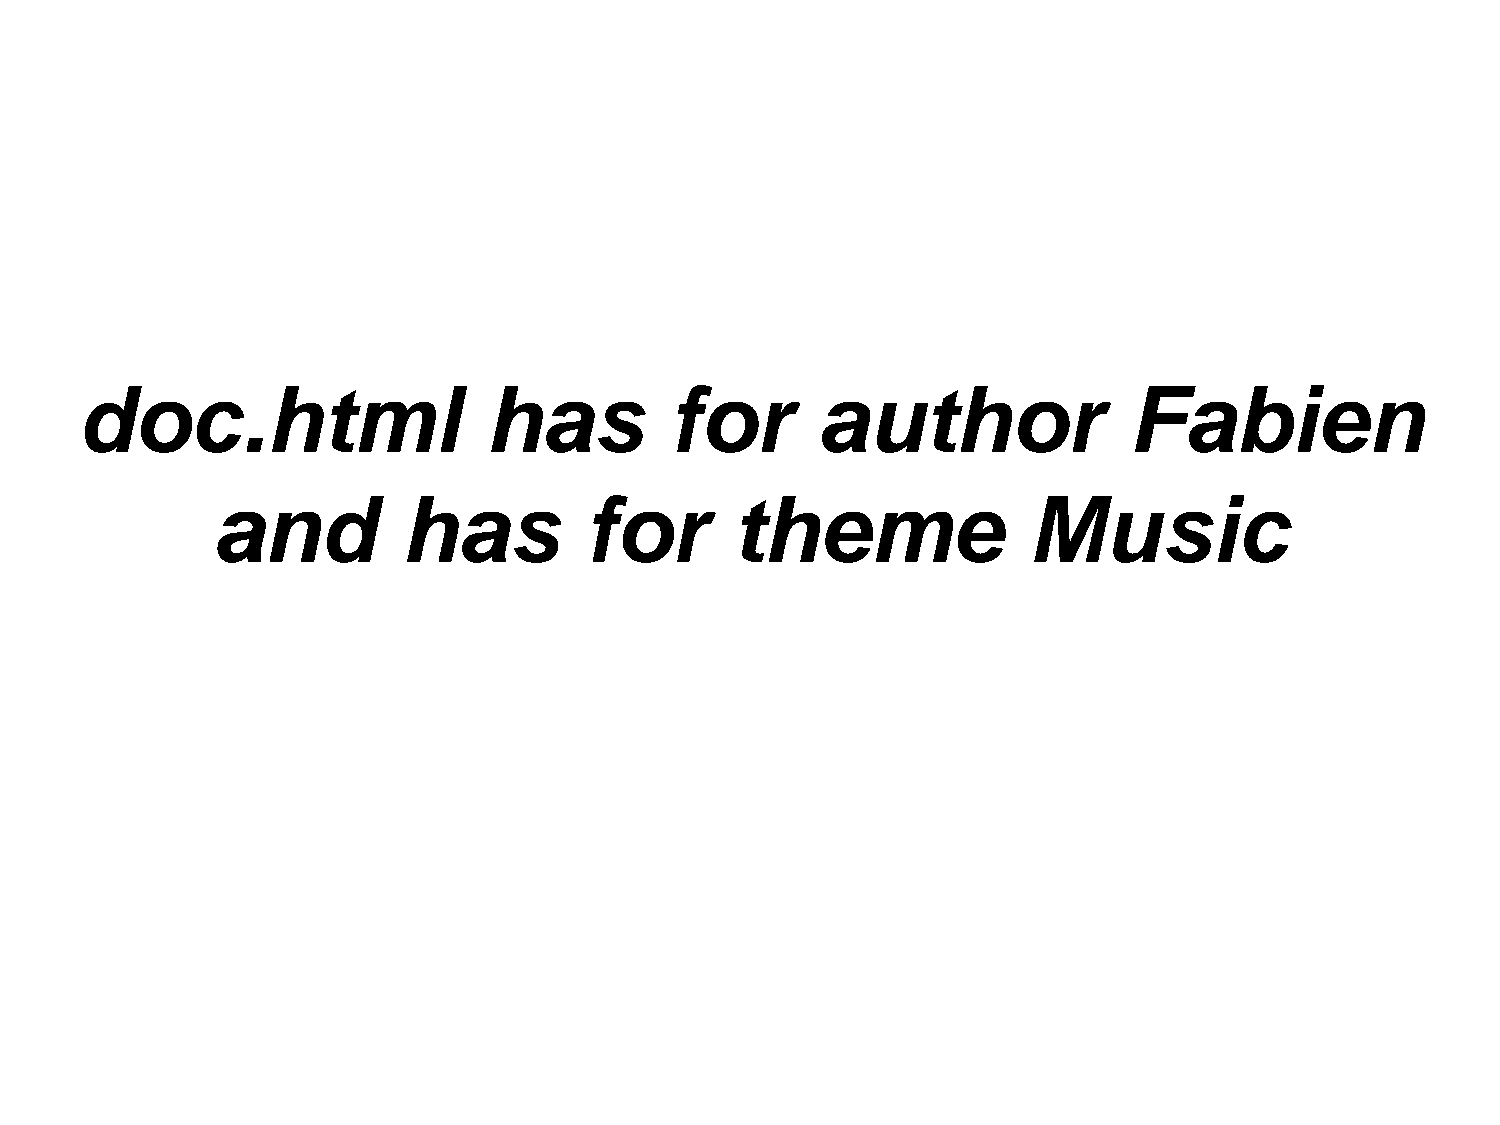
doc.html                   has         for       author               Fabien
 and          has         for      theme               Music